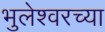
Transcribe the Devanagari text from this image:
भुलेश्वरच्या